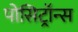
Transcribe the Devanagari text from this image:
पोसिट्रॉन्स